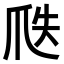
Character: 𤔅